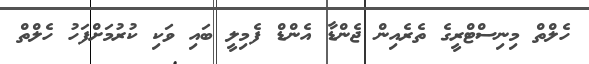
ހެލްތް މިނިސްޓްރީގެ ތެރެއިން ޖެންޑާ އެންޑް ފެމިލީ ބައި ވަކި ކުރުމަށްފަހު ހެލްތް